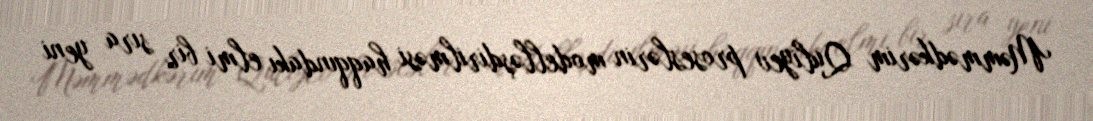
Məmmədkərim Quliyev proseslərin modelləşdirilməsi haqqındakı elmi bir sıra yeni